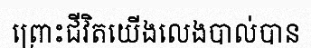
ព្រោះជីវិតយើងលេងបាល់បាន